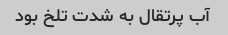
آب پرتقال به شدت تلخ بود